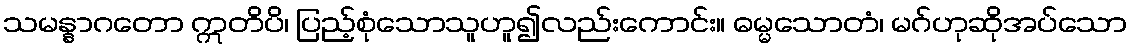
သမန္နာဂတော ဣတိပိ၊ ပြည့်စုံသောသူဟူ၍လည်းကောင်း။ ဓမ္မသောတံ၊ မဂ်ဟုဆိုအပ်သော